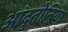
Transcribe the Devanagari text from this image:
आंदुतोनिया